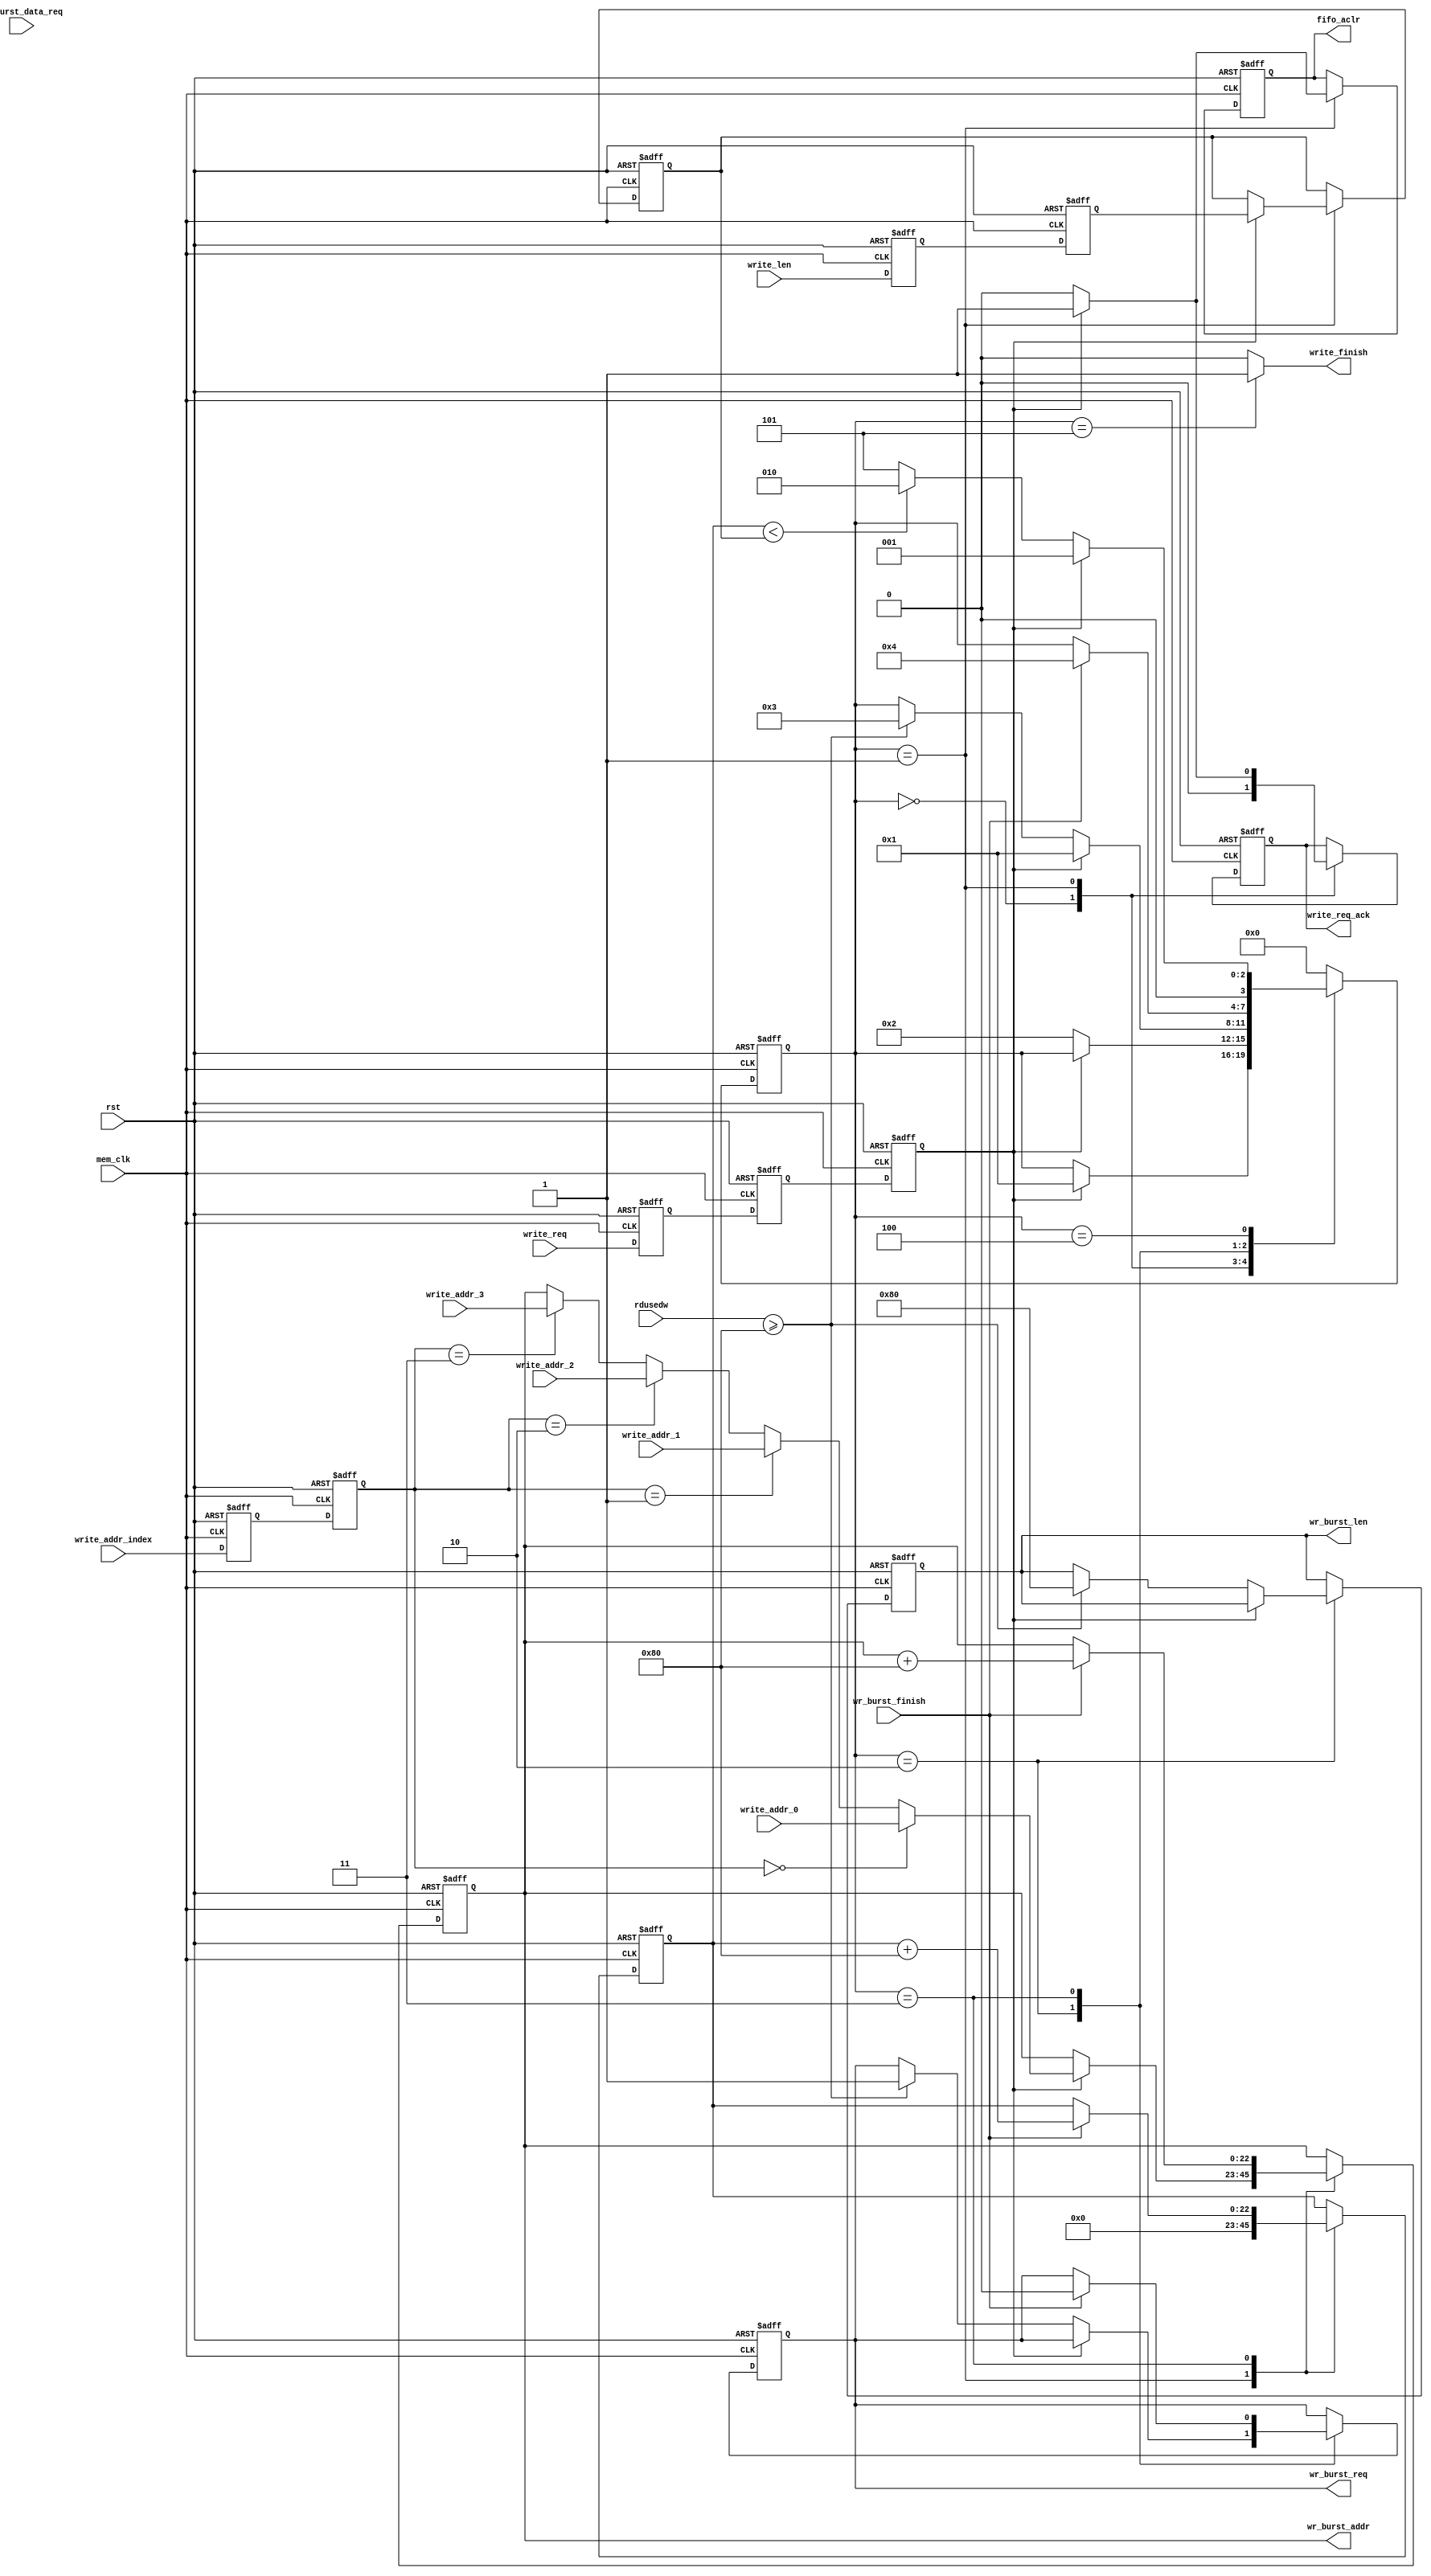


`timescale 1ns/1ps
module frame_fifo_write
#
(
	parameter MEM_DATA_BITS          = 32,
	parameter ADDR_BITS              = 23,
	parameter BUSRT_BITS             = 10,
	parameter BURST_SIZE             = 128
)               
(
	input                            rst,                  
	input                            mem_clk,                    
	output reg                       wr_burst_req,               
	output reg[BUSRT_BITS - 1:0]     wr_burst_len,               
	output reg[ADDR_BITS - 1:0]      wr_burst_addr,              
	input                            wr_burst_data_req,          
	input                            wr_burst_finish,            
	input                            write_req,                  
	output reg                       write_req_ack,              
	output                           write_finish,               
	input[ADDR_BITS - 1:0]           write_addr_0,               
	input[ADDR_BITS - 1:0]           write_addr_1,               
	input[ADDR_BITS - 1:0]           write_addr_2,               
	input[ADDR_BITS - 1:0]           write_addr_3,               
	input[1:0]                       write_addr_index,           
	input[ADDR_BITS - 1:0]           write_len,                  
	output reg                       fifo_aclr,                  
	input[15:0]                      rdusedw                     
);
localparam ONE                       = 256'd1;                   
localparam ZERO                      = 256'd0;                   
//write state machine code
localparam S_IDLE                    = 0;                        
localparam S_ACK                     = 1;                        
localparam S_CHECK_FIFO              = 2;                        
localparam S_WRITE_BURST             = 3;                        
localparam S_WRITE_BURST_END         = 4;                        
localparam S_END                     = 5;                        

reg                                  write_req_d0;                
reg                                 write_req_d1;                
reg                                 write_req_d2;                
reg[ADDR_BITS - 1:0]                write_len_d0;                
reg[ADDR_BITS - 1:0]                write_len_d1;                
reg[ADDR_BITS - 1:0]                write_len_latch;             
reg[ADDR_BITS - 1:0]                write_cnt;                   
reg[1:0]                            write_addr_index_d0;
reg[1:0]                            write_addr_index_d1;
reg[3:0]                            state;                       

assign write_finish = (state == S_END) ? 1'b1 : 1'b0;            
always@(posedge mem_clk or posedge rst)
begin
	if(rst == 1'b1)
	begin
		write_req_d0    <=  1'b0;
		write_req_d1    <=  1'b0;
		write_req_d2    <=  1'b0;
		write_len_d0    <=  ZERO[ADDR_BITS - 1:0];             
		write_len_d1    <=  ZERO[ADDR_BITS - 1:0];             
		write_addr_index_d0    <=  2'b00;
		write_addr_index_d1    <=  2'b00;
	end
	else
	begin
		write_req_d0    <=  write_req;
		write_req_d1    <=  write_req_d0;
		write_req_d2    <=  write_req_d1;
		write_len_d0    <=  write_len;
		write_len_d1    <=  write_len_d0;
		write_addr_index_d0 <= write_addr_index;
		write_addr_index_d1 <= write_addr_index_d0;
	end 
end


always@(posedge mem_clk or posedge rst)
begin
	if(rst == 1'b1)
	begin
		state <= S_IDLE;
		write_len_latch <= ZERO[ADDR_BITS - 1:0];
		wr_burst_addr <= ZERO[ADDR_BITS - 1:0];
		wr_burst_req <= 1'b0;
		write_cnt <= ZERO[ADDR_BITS - 1:0];
		fifo_aclr <= 1'b0;
		write_req_ack <= 1'b0;
		wr_burst_len <= ZERO[BUSRT_BITS - 1:0];
	end
	else
		case(state)
			
			S_IDLE:
			begin
				if(write_req_d2 == 1'b1)
				begin
					state <= S_ACK;
				end
				write_req_ack <= 1'b0;
			end
			
			S_ACK:
			begin
				
				if(write_req_d2 == 1'b0)
				begin
					state <= S_CHECK_FIFO;
					fifo_aclr <= 1'b0;
					write_req_ack <= 1'b0;
				end
				else
				begin
					
					write_req_ack <= 1'b1;

					fifo_aclr <= 1'b1;
					
					if(write_addr_index_d1 == 2'd0)
						wr_burst_addr <= write_addr_0;
					else if(write_addr_index_d1 == 2'd1)
						wr_burst_addr <= write_addr_1;
					else if(write_addr_index_d1 == 2'd2)
						wr_burst_addr <= write_addr_2;
					else if(write_addr_index_d1 == 2'd3)
						wr_burst_addr <= write_addr_3;
		
					write_len_latch <= write_len_d1;                    
				end
			
				write_cnt <= ZERO[ADDR_BITS - 1:0];
			end
			S_CHECK_FIFO:
			begin
				
				if(write_req_d2 == 1'b1)
				begin
					state <= S_ACK;
				end
				
				else if(rdusedw >= BURST_SIZE)
				begin
					state <= S_WRITE_BURST;
					wr_burst_len <= BURST_SIZE[BUSRT_BITS - 1:0];
					wr_burst_req <= 1'b1;
				end
			end
			
			S_WRITE_BURST:
			begin
				//burst finish
				if(wr_burst_finish == 1'b1)
				begin
					wr_burst_req <= 1'b0;
					state <= S_WRITE_BURST_END;
					
					write_cnt <= write_cnt + BURST_SIZE[ADDR_BITS - 1:0];
				
					wr_burst_addr <= wr_burst_addr + BURST_SIZE[ADDR_BITS - 1:0];
				end     
			end
			S_WRITE_BURST_END:
			begin
				
				if(write_req_d2 == 1'b1)
				begin
					state <= S_ACK;
				end
				
				else if(write_cnt < write_len_latch)
				begin
					state <= S_CHECK_FIFO;
				end
				else
				begin
					state <= S_END;
				end
			end
			S_END:
			begin
				state <= S_IDLE;
			end
			default:
				state <= S_IDLE;
		endcase
end
endmodule